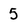
Character: 5